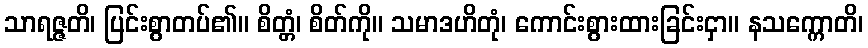
သာရဇ္ဇတိ၊ ပြင်းစွာတပ်၏။ စိတ္တံ၊ စိတ်ကို။ သမာဒဟိတုံ၊ ကောင်းစွားထားခြင်းငှာ။ နသက္ကောတိ၊